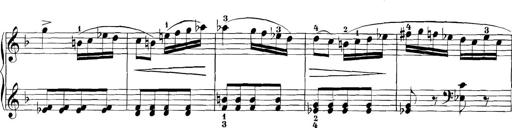
Title: 3 Sonatinas
Composer: Carl Reinecke